Lunatic asylums Madras 1892-1911 - 1892-1911
Year: 1892
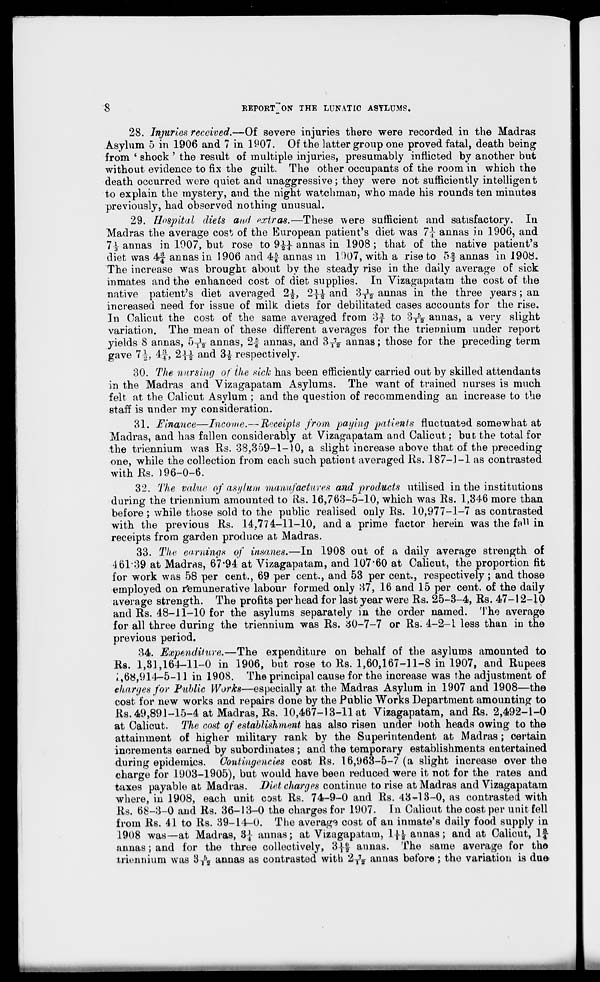
■ 8
REPOKT ON THE LUNATIC ASYLUMS.
28. Injuries received.—Of severe injuries there were recorded in the Madras
Asylum 5 in 1906 and 7 in 1907. Of the latter group one proved fatal, death being
from ' shock ' the result of multiple injuries, presumably inflicted by another but
without evidence to fix the guilt. The other occupants of the room in which the
death occurred were quiet and unaggressive; they were not sufficiently intelligent
to explain the mystery, and the night watchman, who made his rounds ten minutes
previously, had observed nothing unusual.
29. Hospital diets and extras.—These were sufficient and satisfactory. In
Madras the average cost of the European patient's diet was 7\ annas in 1906, and
1\- annas in 1907, but rose to 9^ annas in 1908 ; that of the native patient's
diet was 4f annas in 1906 and 4£ annas m 1007, with a rise to 5| annas in 1908.
The increase was brought about by the steady rise in the daily average of sick
inmates and the enhanced cost of diet supplies. In Vizagapatam the cost of the
native patient's diet averaged 2^, 2±% and 3 T^ annas in the three years; an
increased need for issue of milk diets for debilitated cases accounts for the rise.
In Calicut the cost of the same averaged from 3f to 3 T
5 y annas, a very slight
variation. The mean of these different averages for the triennium under report
yields 8 annas, 5 T
3^ annas, 2| annas, and 3 T
7 2- annas; those for the preceding term
gave 71, 4|, 2\% and 34 respectively.
30. The nursing of the sick has been efficiently carried out by skilled attendants
in the Madras and Vizagapatam Asylums. The want of trained nurses is much
felt at the Calicut Asylum ; and the question of recommending an increase to the
staff is under my consideration.
31. Einanee—Income.— Receipts from paying patients fluctuated somewhat at
Madras, and has fallen considerably at Vizagapatam and Calicut: but the total for
the triennium was Us. 38,359-1-10, a slight increase above that of the preceding
one, while the collection from each such patient averaged Rs. 187—1 —1 as contrasted
withRs. ) 96-0-6.
32. The value of asylum manufactures and products utilised in the institutions
during the triennium amounted to Rs. 16,763-5-10, which was Rs. 1,346 more than
before ; while those sold to the public realised only Rs. 10,977-1-7 as contrasted
with the previous Rs. 14.77 4-11-10, and a prime factor herein was the fa^in
receipts from garden produce at Madras.
33. The earnings of insanes.—In 1908 out of a daily average strength of
461*39 at Madras, 67*94 at Vizagapatam, and 107*60 at Calicut, the proportion fit
for work was 58 per cent., 69 per cent., and 53 per cent., respectively ; and those
employed on remunerative labour formed only 37, 16 and 15 per cent, of the daily
average strength. The profits per head for last year were Rs. 25-3-4, Rs. 47-12-10
and Rs. 48-11-10 for the asylums separately in the order named. The average
for all three during the triennium was Rs. 30-7-7 or Rs. 4-2-L less than in the
previous period.
34. Expenditure.—The expenditure on behalf of the asylums amounted to
Rs. 1,31,164-11-0 in 1906, but rose to Rs. 1,60,167-11-8 in 1907, and Rupees
J.,68,914-5-11 in 1908. The principal cause for the increase was the adjustment of
charges for Public Works—especially at the Madras Asylum in 1907 and 1908—the
cost for new works and repairs done by the Public Works Department amounting to
Rs. 49,891-15-4 at Madras, Rs. 10,467-13-11 at Vizagapatam, and Rs. 2,492-1-0
at Calicut. The cost of establishment has also risen under both heads owing to the
attainment of higher military rank by the Superintendent at Madras ; certain
increments earned by subordinates; and the temporary establishments entertained
during epidemics. Contingencies cost Rs. 16,963-5-7 (a slight increase over the
charge for 1903-1905), but would have been reduced were it not for the rates and
taxes payable at Madras. Diet charges continue to rise at Madras and Vizagapatam
where, in 1908, each unit cast Rs. 74-9-0 and Rs. 43-13-0, as contrasted with
Rs. 68-3-0 and Rs. 36-13-0 the charges for 1907. In Calicut the cost per unit fell
from Rs. 41 to Rs. 39-14-0. The average cost of an inmate's daily food supply in
1908 was—at Madras, 3-J- annas; at Vizagapatam, 1\\ annas; and at Calicut, If
annas; and for the three collectively, 31| annas. The same average for the
triennium was 8A annas as contrasted with 2 T
7
? annas before ; the variation is due